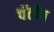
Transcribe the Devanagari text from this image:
चॅटींग